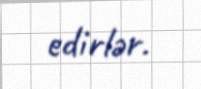
edirlər.